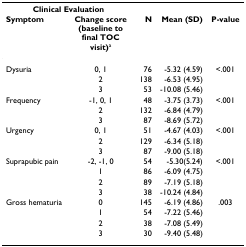
| <COLSPAN=2> Clinical Evaluation |  |  |  |
 | Symptom | Change score (baseline to final TOC visit)a | N | Mean (SD) | P-value |
 | --- | --- | --- | --- | --- |
 | Dysuria | 0, 1 | 76 | -5.32 (4.59) | <.001 |
 |  | 2 | 138 | -6.53 (4.95) |  |
 |  | 3 | 53 | -10.08 (5.46) |  |
 | Frequency | -1, 0, 1 | 48 | -3.75 (3.73) | <.001 |
 |  | 2 | 132 | -6.84 (4.79) |  |
 |  | 3 | 87 | -8.69 (5.72) |  |
 | Urgency | 0, 1 | 51 | -4.67 (4.03) | <.001 |
 |  | 2 | 129 | -6.34 (5.18) |  |
 |  | 3 | 87 | -9.00 (5.18) |  |
 | Suprapubic pain | -2, -1, 0 | 54 | -5.30(5.24) | <.001 |
 |  | 1 | 86 | -6.09 (4.75) |  |
 |  | 2 | 89 | -7.19 (5.18) |  |
 |  | 3 | 38 | -10.24 (4.84) |  |
 | Gross hematuria | 0 | 145 | -6.19 (4.86) | .003 |
 |  | 1 | 54 | -7.22 (5.46) |  |
 |  | 2 | 38 | -7.08 (5.49) |  |
 |  | 3 | 30 | -9.40 (5.48) |  |